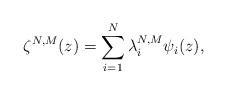
LaTeX: \begin{align*}\zeta^{N,M}(z) = \sum_{i=1}^N \lambda_i^{N,M} \psi_i(z),\end{align*}